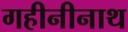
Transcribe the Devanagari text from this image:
गहीनीनाथ